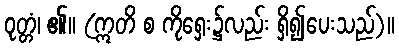
ဝုတ္တံ၊ ၏။ (ဣတိ စ ကိုရှေး၌လည်း ရှိ၍ပေးသည်)။